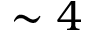
\sim 4